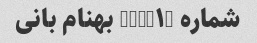
شماره (NUM۱) بهنام بانی